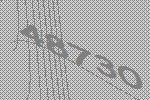
48730